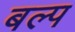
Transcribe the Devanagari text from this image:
बल्प